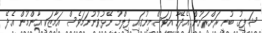
ޝަފީގު ބުނީ ރަށްރަށުން އެދޭހާ އަވަސްމިނުގައި ފިލްމު ނޭޅުވުނުނަމަވެސް އަމާޒަކީ އާންމުން އެދޭ